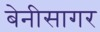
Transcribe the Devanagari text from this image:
बेनीसागर